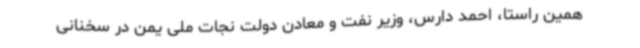
همین راستا، احمد دارس، وزیر نفت و معادن دولت نجات ملی یمن در سخنانی